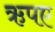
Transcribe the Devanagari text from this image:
ऋपए